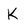
Character: k